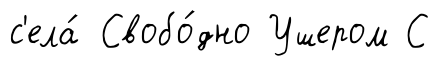
с'ела́ Свобо́дно Ушером С